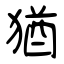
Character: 猶